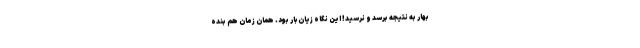
بهار به نتیجه برسد و نرسید! این نگاه زیان‌بار بود. همان زمان هم بنده